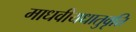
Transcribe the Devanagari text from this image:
माधवीयधातुवृत्ति